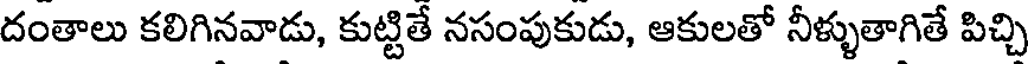
దంతాలు కలిగినవాడు, కుట్టితే నసంపుకుడు, ఆకులతో నీళ్ళుతాగితే పిచ్చి